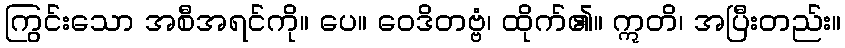
ကြွင်းသော အစီအရင်ကို။ ပေ။ ဝေဒိတဗ္ဗံ၊ ထိုက်၏။ ဣတိ၊ အပြီးတည်း။